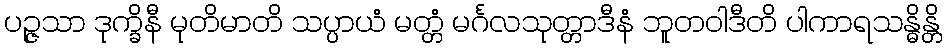
ပဉ္ဇသာ ဒုက္ခိနီ မုတိမာတိ သပ္ပာယံ မတ္တံ မင်္ဂလသုတ္တာဒီနံ ဘူတဝါဒီတိ ပါကာရသန္ဓိန္တိ